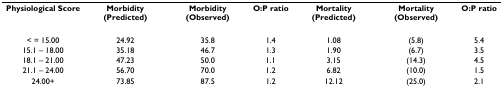
| Physiological Score | Morbidity (Predicted) | Morbidity (Observed) | O:P ratio | Mortality (Predicted) | Mortality (Observed) | O:P ratio |
 | --- | --- | --- | --- | --- | --- | --- |
 | < = 15.00 | 24.92 | 35.8 | 1.4 | 1.08 | (5.8) | 5.4 |
 | 15.1 – 18.00 | 35.18 | 46.7 | 1.3 | 1.90 | (6.7) | 3.5 |
 | 18.1 – 21.00 | 47.23 | 50.0 | 1.1 | 3.15 | (14.3) | 4.5 |
 | 21.1 – 24.00 | 56.70 | 70.0 | 1.2 | 6.82 | (10.0) | 1.5 |
 | 24.00+ | 73.85 | 87.5 | 1.2 | 12.12 | (25.0) | 2.1 |